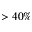
> 4 0 \%